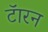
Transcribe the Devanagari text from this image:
टॅारन